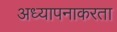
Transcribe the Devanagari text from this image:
अध्यापनाकरता